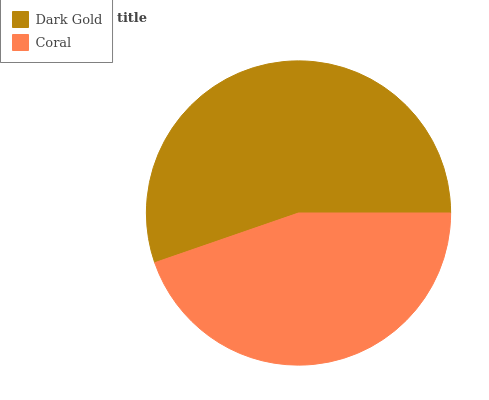
| Dark Gold | Coral |
 | --- | --- |
 | 55.3% | 44.7% |